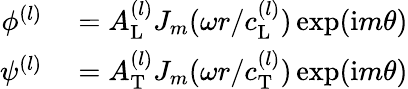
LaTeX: \begin{array}{rl}{\phi^{(l)}}&{{}=A_{\mathrm{L}}^{(l)}J_{m}(\omega r/c_{\mathrm{L}}^{(l)})\exp(\mathrm{i}m\theta)}\\ {\psi^{(l)}}&{{}=A_{\mathrm{T}}^{(l)}J_{m}(\omega r/c_{\mathrm{T}}^{(l)})\exp(\mathrm{i}m\theta)}\end{array}